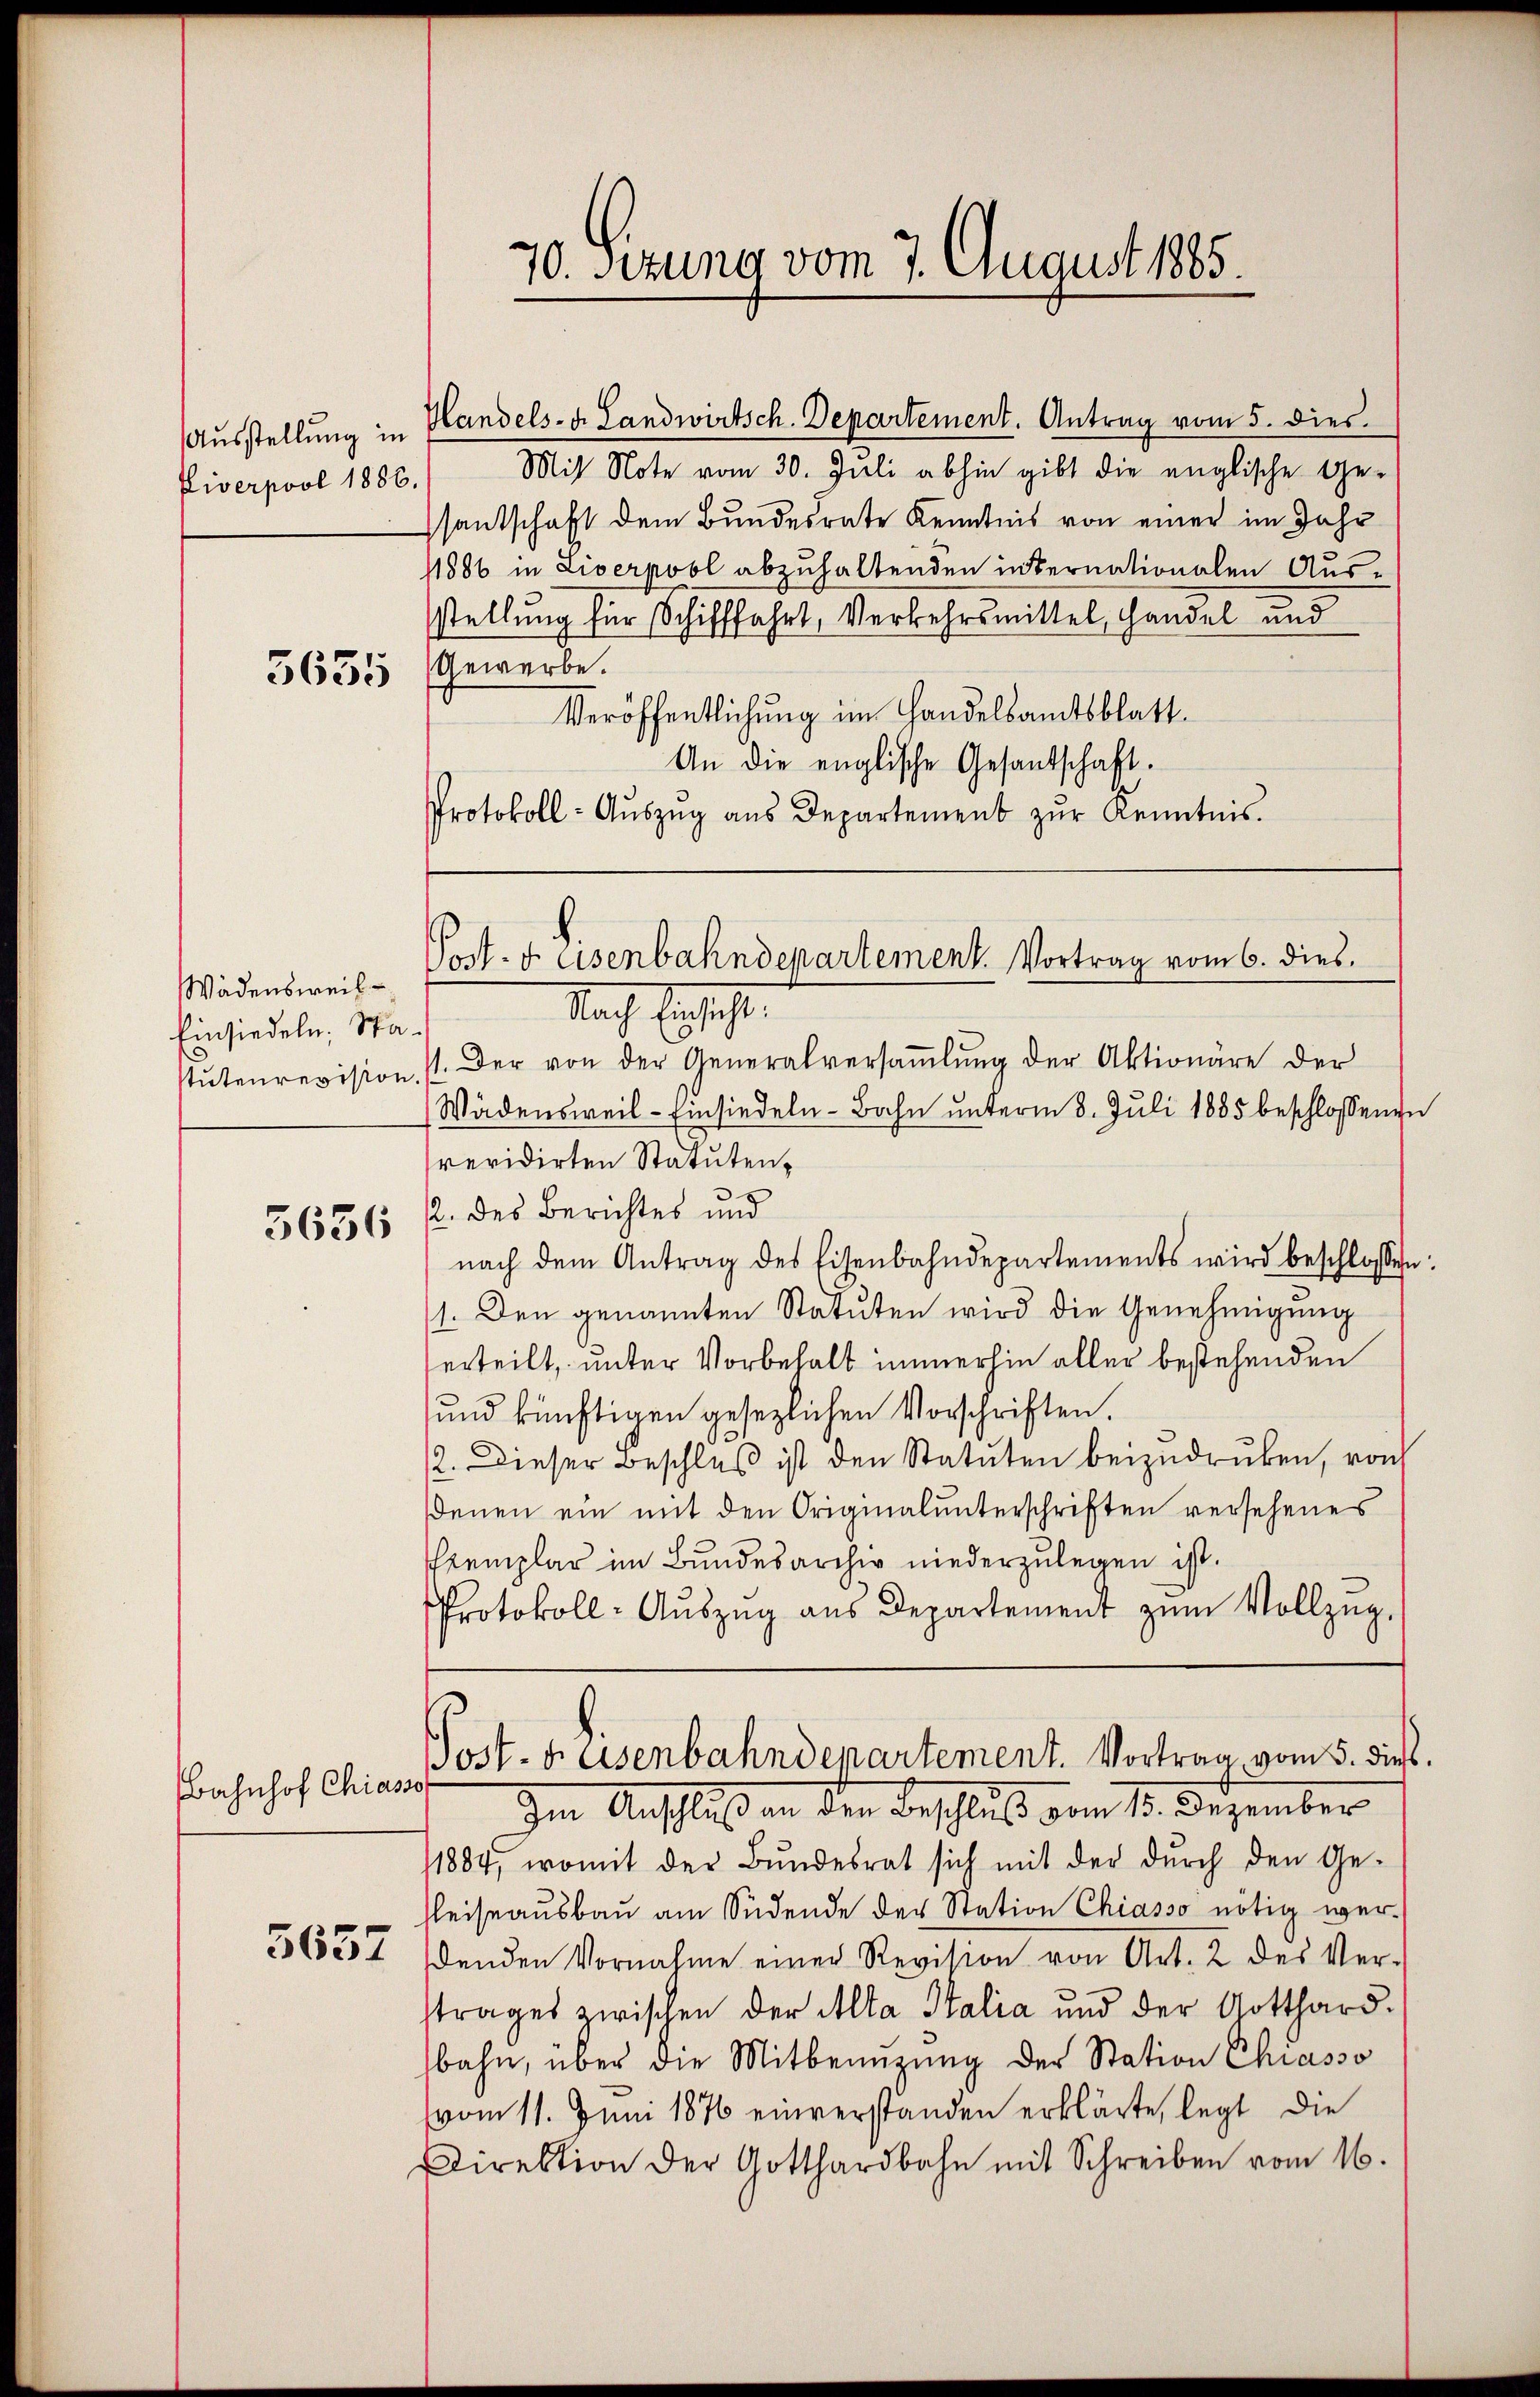
Ausstellung in
Piverpool 1886.
3635

Wädensweil
Einsiedeln. Sta
stutenrevision

3636

Bahnhof Chias

5657

Handels- u. Landwirtsch. Departement. Antrag vom 5. dies
Mit Note vom 30. Juli abhin gibt die englische Ge-
santschaft dem Bundesrate Kenntnis von einer im Jahr
11886 in Liverpobl abzuhaltenden internationalen Aus-
stellung für Schifffahrt, Verkehrsmittel, Handel und
Gewerbe.
Veröffentlichung im Handelsamtsblatt.
An die englische Gesandschaft.
Protokoll- Aŭszŭg aŭs Departement zŭr Kenntnis.

70. Setzung vom 7. August 1885.

Nach Einsicht.
71. Der von der Generalversammlung der Aktionäre der
Wädensweil–Einsiedeln-Bahn ŭnterm 8. Juli 1885 beschlossenen
revidirten Statuten¬
2. des Berichtes und
nach dem Antrag des Eisenbahndepartements wird beschlossen
1. Den genannten Statuten wird die Genehmigung
erteilt, unter Vorbehalt immerhin aller bestehenden
und künftigen gesezlichen Vorschriften.
2. Dieser Beschlŭβ ist den Statuten beizudrucken, von
denen ein mit den Originalunterschriften versehenes
Exemplar im Bundesarchiv niederzulegen ist.
Protokoll- Aŭszŭg aŭs Departement zŭm Vollzug.
Post-Faisenbahndepartement. Vortrag vom 5. dieß
10
Im Anschluß an den Beschluß vom 15. Dezember
1884, womit der Bŭndesrat sich mit der dŭrch den Ge-
Reiseausbau am Südende der Station Chiasso nötig werdenden Vornahme einer Revision von Art. 2 des Verstrages zwischen der Alta Stalia und der Gotthard.
bahn, über die Mitbenüzung der Station Chiasso
vom 11. Juni 1876 einverstanden erklärte, legt die
Direktion der Gotthardbahn mit Schreiben vom 16.

Post- & Eisenbahndepartement. Vortrag vom 6. dies